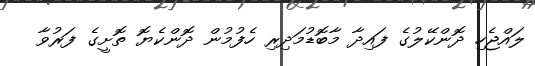
ލައްޖެހި ދޮންކޭލުގެ ފައިދާ މާބޮޑުމަދިރި ހެފުމުން ދޮންކެޔޮ ތޮށީގެ ފަރުވާ